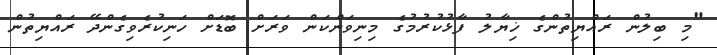
"މި ބިލުން ރައްޔިތުންގެ ޚިޔާލު ފާޅުކުރުމުގެ މިނިވަންކަން ވަރަށް ބޮޑަށް ހަނިކުރެވިގެންދޭ ރައްޔިތުން